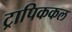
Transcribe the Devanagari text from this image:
ट्रापिककल